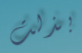
بذلت